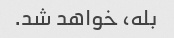
بله، خواهد شد.